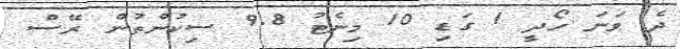
ދެ ވަނަ ހޯދީ 1 ގަޑި 10 މިނެޓު 9.8 ސިކުންތުން ރޭސް